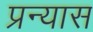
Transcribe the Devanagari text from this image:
प्रन्‍यास